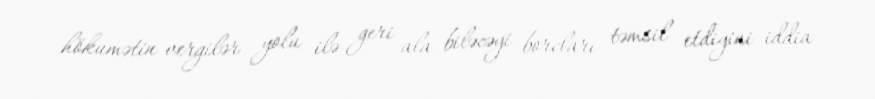
hökumətin vergilər yolu ilə geri ala biləcəyi borcları təmsil etdiyini iddia